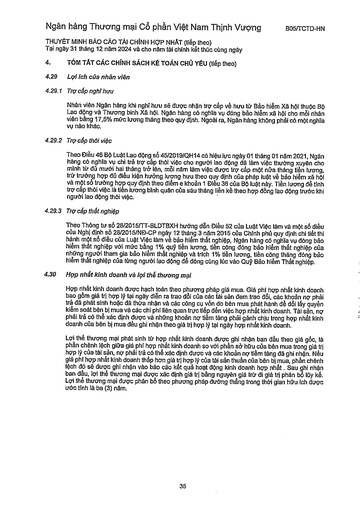
|4.|TÓM TẮT CÁC CHÍNH SÁCH KẾ TOÁN CHỦ YẾU (tiếp theo)| |---|---| |4.29|Lợi ích của nhân viên| |4.29.1|Trợ cấp nghỉ hưu| ||Nhân viên Ngân hàng khi nghỉ hưu sẽ được nhận trợ cấp về hưu từ Bảo hiểm Xã hội thuộc Bộ Lao động và Thương binh Xã hội. Ngân hàng có nghĩa vụ đóng bảo hiểm xã hội cho mỗi nhân viên bằng 17,5% mức lương tháng theo quy định. Ngoài ra, Ngân hàng không phải có nghĩa vụ nào khác.| |4.29.2|Trợ cấp thôi việc Theo Điều 46 Bộ Luật Lao động số 45/2019/QH14 có hiệu lực ngày 01 tháng 01 năm 2021, Ngân hàng có nghĩa vụ chi trả trợ cấp thôi việc cho người lao động đã làm việc thường xuyên cho mình từ đủ mười hai tháng trở lên, mỗi năm làm việc được trợ cấp một nửa tháng tiền lương, trừ trường hợp đủ điều kiện hưởng lương hưu theo quy định của pháp luật về bảo hiểm xã hội và một số trường hợp quy định theo điểm e khoản 1 Điều 36 của Bộ luật này. Tiền lương để tính trợ cấp thôi việc là tiền lương bình quân của sáu tháng liên kề theo hợp đồng lao động trước khi người lao động thôi việc.| |4.29.3|Trợ cấp thất nghiệp Theo Thông tư số 28/2015/TT-BLĐTBXH hướng dẫn Điều 52 của Luật Việc làm và một số điều của Nghị định số 28/2015/NĐ-CP ngày 12 tháng 3 năm 2015 của Chính phủ quy định chi tiết thi hành một số điều của Luật Việc làm về bảo hiểm thất nghiệp, Ngân hàng có nghĩa vụ đóng bảo hiểm thất nghiệp với mức bằng 1% quỹ tiền lương, tiền công đóng bảo hiểm thất nghiệp của những người tham gia bảo hiểm thất nghiệp và trích 1% tiền lương, tiền công tháng đóng bảo hiểm thất nghiệp của từng người lao động để đóng cùng lúc vào Quỹ Bảo hiểm Thất nghiệp.| |4.30|Hợp nhất kinh doanh và lợi thế thương mại Hợp nhất kinh doanh được hạch toán theo phương pháp giá mua. Giá phí hợp nhất kinh doanh bao gồm giá trị hợp lý tại ngày diễn ra trao đổi của các tài sản đem trao đổi, các khoản nợ phải trả đã phát sinh hoặc đã thừa nhận và các công cụ vốn do bên mua phát hành để đổi lấy quyền kiểm soát bên bị mua và các chi phí liên quan trực tiếp đến việc hợp nhất kinh doanh. Tài sản, nợ phải trả có thể xác định được và những khoản nợ tiềm tàng phải gánh chịu trong hợp nhất kinh doanh của bên bị mua đều ghi nhận theo giá trị hợp lý tại ngày hợp nhất kinh doanh. Lợi thế thương mại phát sinh từ hợp nhất kinh doanh được ghi nhận ban đầu theo giá gốc, là phần chênh lệch giữa giá phí hợp nhất kinh doanh so với phần sở hữu của bên mua trong giá trị hợp lý của tài sản, nợ phải trả có thể xác định được và các khoản nợ tiềm tàng đã ghi nhận. Nếu giá phí hợp nhất kinh doanh thấp hơn giá trị hợp lý của tài sản thuần của bên bị mua, phần chênh lệch đó sẽ được ghi nhận vào báo cáo kết quả hoạt động kinh doanh hợp nhất. Sau ghi nhận ban đầu, lợi thế thương mại được xác định giá trị bằng nguyên giá trừ đi giá trị phân bổ lũy kế. Lợi thế thương mại được phân bổ theo phương pháp đường thẳng trong thời gian hữu (chủ yếu tính là ba (3) năm.|